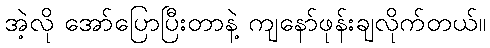
အဲ့လို အော်ပြောပြီးတာနဲ့ ကျနော်ဖုန်းချလိုက်တယ်။